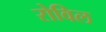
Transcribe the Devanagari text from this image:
रोविल